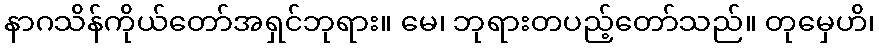
နာဂသိန်ကိုယ်တော်အရှင်ဘုရား။ မေ၊ ဘုရားတပည့်တော်သည်။ တုမှေဟိ၊